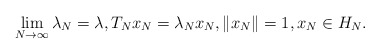
\begin{align*} \lim_{N\to\infty}\lambda_N=\lambda, T_N x_N=\lambda_N x_N, \|x_N\|=1, x_N\in H_N. \end{align*}